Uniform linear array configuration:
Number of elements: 16
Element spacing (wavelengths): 0.25
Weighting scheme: hamming
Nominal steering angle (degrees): -45
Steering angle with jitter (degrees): -46.819
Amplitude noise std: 0.05
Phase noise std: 0.05

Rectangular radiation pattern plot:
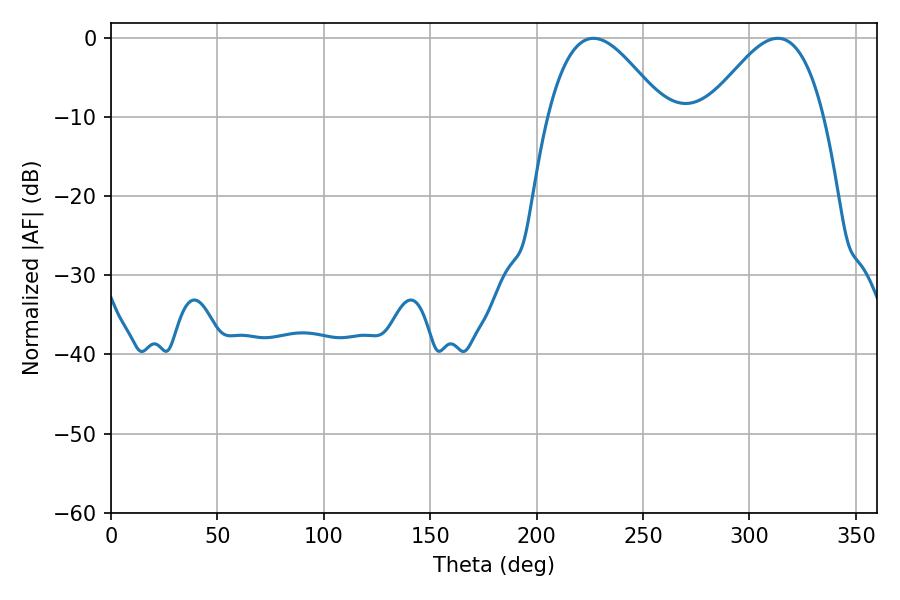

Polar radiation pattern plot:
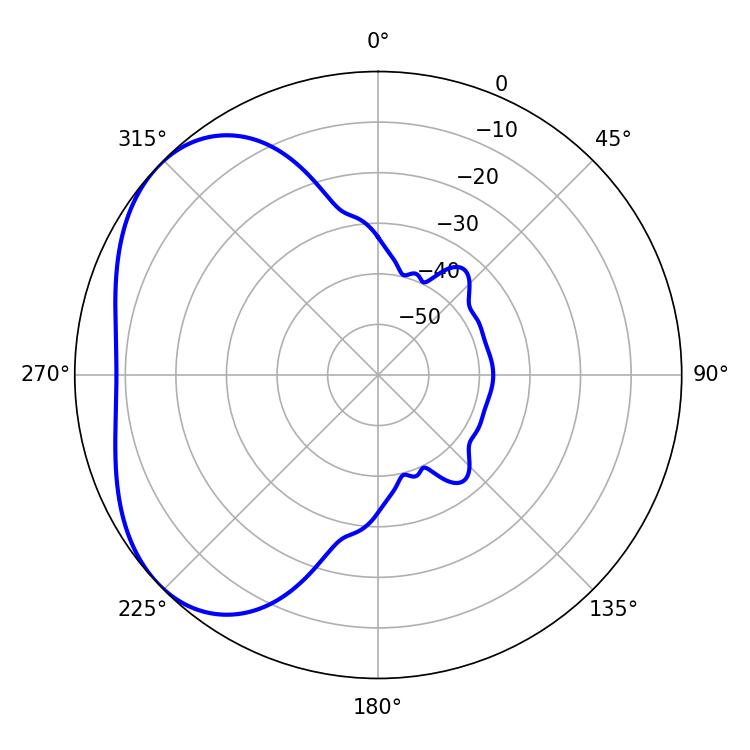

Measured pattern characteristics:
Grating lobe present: FALSE
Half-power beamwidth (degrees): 29.52
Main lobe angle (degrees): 226.62